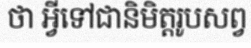
ថា អ្វីទៅជានិមិត្តរូបសព្វ